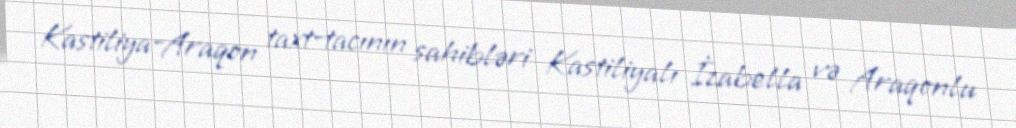
Kastiliya-Araqon taxt-tacının sahibləri Kastiliyalı İzabella və Araqonlu